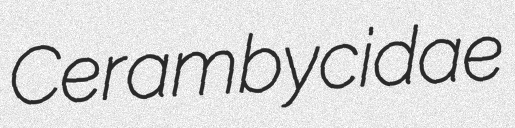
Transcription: Cerambycidae